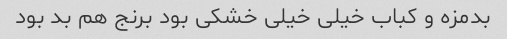
بدمزه و کباب خیلی خیلی خشکی بود برنج هم بد بود